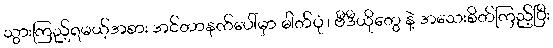
သွားကြည့်ရမယ့်အစား အင်တာနက်ပေါ်မှာ ဓါတ်ပုံ ၊ ဗီဒီယိုတွေ နဲ့ အသေးစိတ်ကြည့်ပြီး